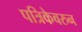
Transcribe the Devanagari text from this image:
पत्रिकेवरुन